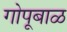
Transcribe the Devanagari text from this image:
गोपूबाळ